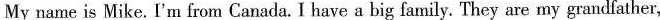
My name is Mike.I'm from Canada. I have a big family. They are my grandfather,